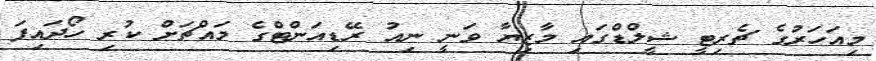
މިއަހަރުގެ ޗެރިޓީ ޝީލްޑްގައި މާޒިޔާ ވަނީ ނިއު ރޭޑިއަންޓްގެ މައްޗަށް ކުރި ހޯދައިފަ